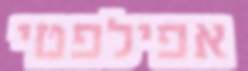
אפילפטי